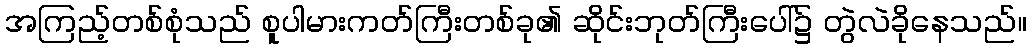
အကြည့်တစ်စုံသည် စူပါမားကတ်ကြီးတစ်ခု၏ ဆိုင်းဘုတ်ကြီးပေါ်၌ တွဲလဲခိုနေသည်။